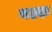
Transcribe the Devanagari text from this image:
बझ्झ